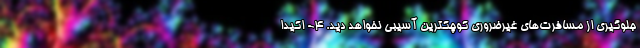
جلوگیری از مسافرت‌‌های غیرضروری کوچکترین آسیبی نخواهد دید. 4- اکیداً